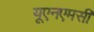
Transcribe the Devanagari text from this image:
यूएनएमसी